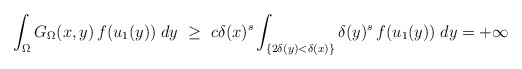
\begin{align*}\int_\Omega G_\Omega(x,y)\,f(u_1(y))\;dy\ \geq\ c\delta(x)^s\int_{\{2\delta(y)<\delta(x)\}} \delta(y)^s\,f(u_1(y))\;dy =+\infty\end{align*}